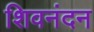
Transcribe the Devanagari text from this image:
शिवनंदन